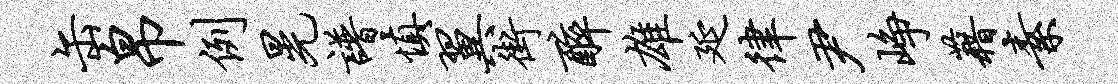
缶帛例晃谱慎翼街醉雄延律尹峥藉素